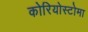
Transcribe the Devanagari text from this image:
कोरियोस्टोमा